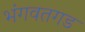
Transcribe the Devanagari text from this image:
भंगवतगड